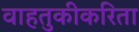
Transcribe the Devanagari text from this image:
वाहतुकीकरिता